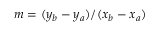
m = ( y _ { b } - y _ { a } ) / ( x _ { b } - x _ { a } )